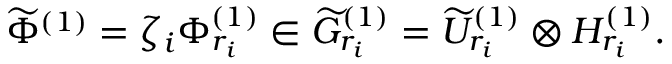
\widetilde { \Phi } ^ { ( 1 ) } = \zeta _ { i } \Phi _ { r _ { i } } ^ { ( 1 ) } \in \widetilde { G } _ { r _ { i } } ^ { ( 1 ) } = \widetilde { \cal U } _ { r _ { i } } ^ { ( 1 ) } \otimes { \cal H } _ { r _ { i } } ^ { ( 1 ) } .